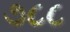
૭૮૮